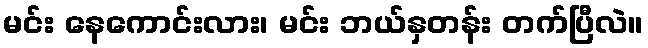
မင်း နေကောင်းလား၊ မင်း ဘယ်နှတန်း တက်ပြီလဲ။